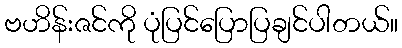
ဗဟိန်းဇင်ကို ပုံပြင်ပြောပြချင်ပါတယ်။